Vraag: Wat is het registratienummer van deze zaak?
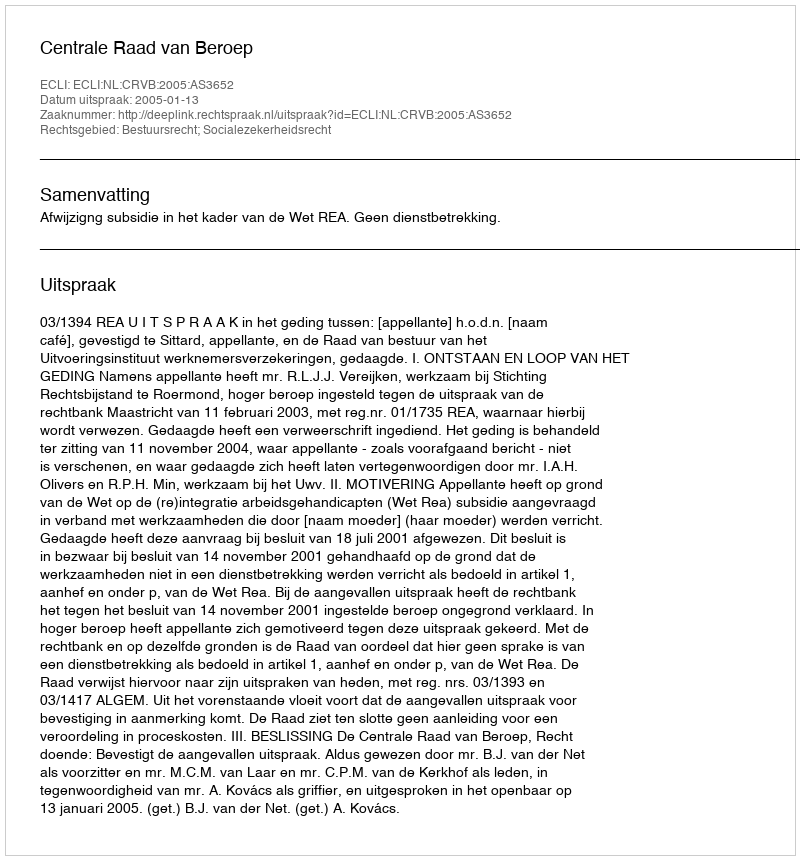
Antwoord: http://deeplink.rechtspraak.nl/uitspraak?id=ECLI:NL:CRVB:2005:AS3652